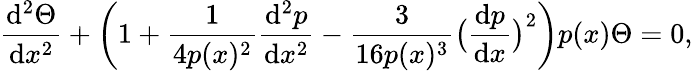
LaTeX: \frac{\mathrm{d}^{2}\Theta}{\mathrm{d}x^{2}}+\bigg(1+\frac{1}{4p(x)^{2}}\frac{\mathrm{d}^{2}p}{\mathrm{d}x^{2}}-\frac{3}{16p(x)^{3}}\bigl(\frac{\mathrm{d}p}{\mathrm{d}x}\bigl)^{2}\bigg)p(x)\Theta=0,